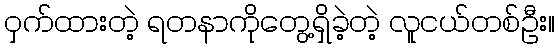
ဝှက်ထားတဲ့ ရတနာကိုတွေ့ရှိခဲ့တဲ့ လူငယ်တစ်ဦး။